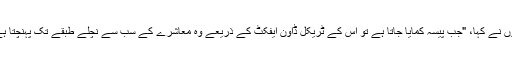
انہوں نے کہا، "جب پیسہ کمایا جاتا ہے تو اس کے ٹریکل ڈاون ایفکٹ کے ذریعے وہ معاشرے کے سب سے نچلے طبقے تک پہنچتا ہے"۔